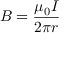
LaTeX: B = { \frac { \mu _ { 0 } I } { 2 \pi r } }